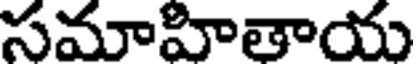
సమాహితాయ